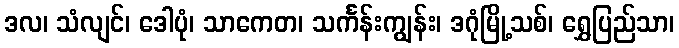
ဒလ၊ သံလျင်၊ ဒေါပုံ၊ သာကေတ၊ သင်္ကန်းကျွန်း၊ ဒဂုံမြို့သစ်၊ ရွှေပြည်သာ၊